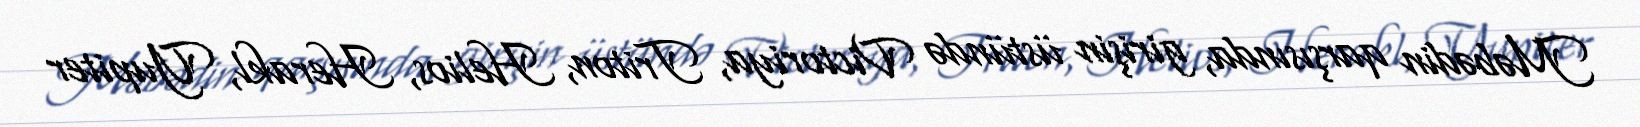
Məbədin qarşısında, girişin üstündə Victoriya, Triton, Helios, Herakl, Yupiter